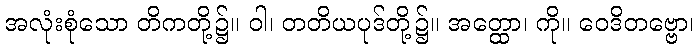
အလုံးစုံသော တိကတို့၌။ ဝါ၊ တတိယပုဒ်တို့၌။ အတ္ထော၊ ကို။ ဝေဒိတဗ္ဗော၊